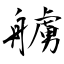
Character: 艣